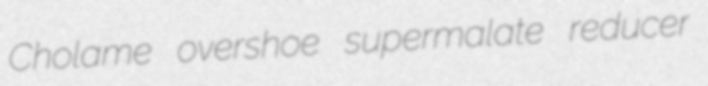
Cholame overshoe supermalate reducer